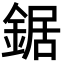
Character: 鋸